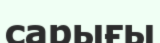
сарығы